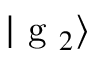
| \textrm { g } _ { 2 } \rangle